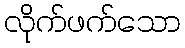
လိုက်ဖက်သော